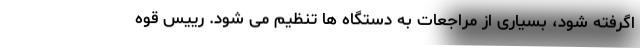
اگرفته شود، بسیاری از مراجعات به دستگاه ها تنظیم می شود. رییس قوه